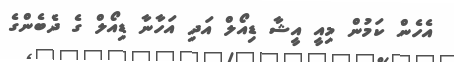
އެހެން ކަމުން މިއީ އީޝާ ޑިއޯލް އަދި އަހާނާ ޑިއޯލް ގެ ދެބެންގެ